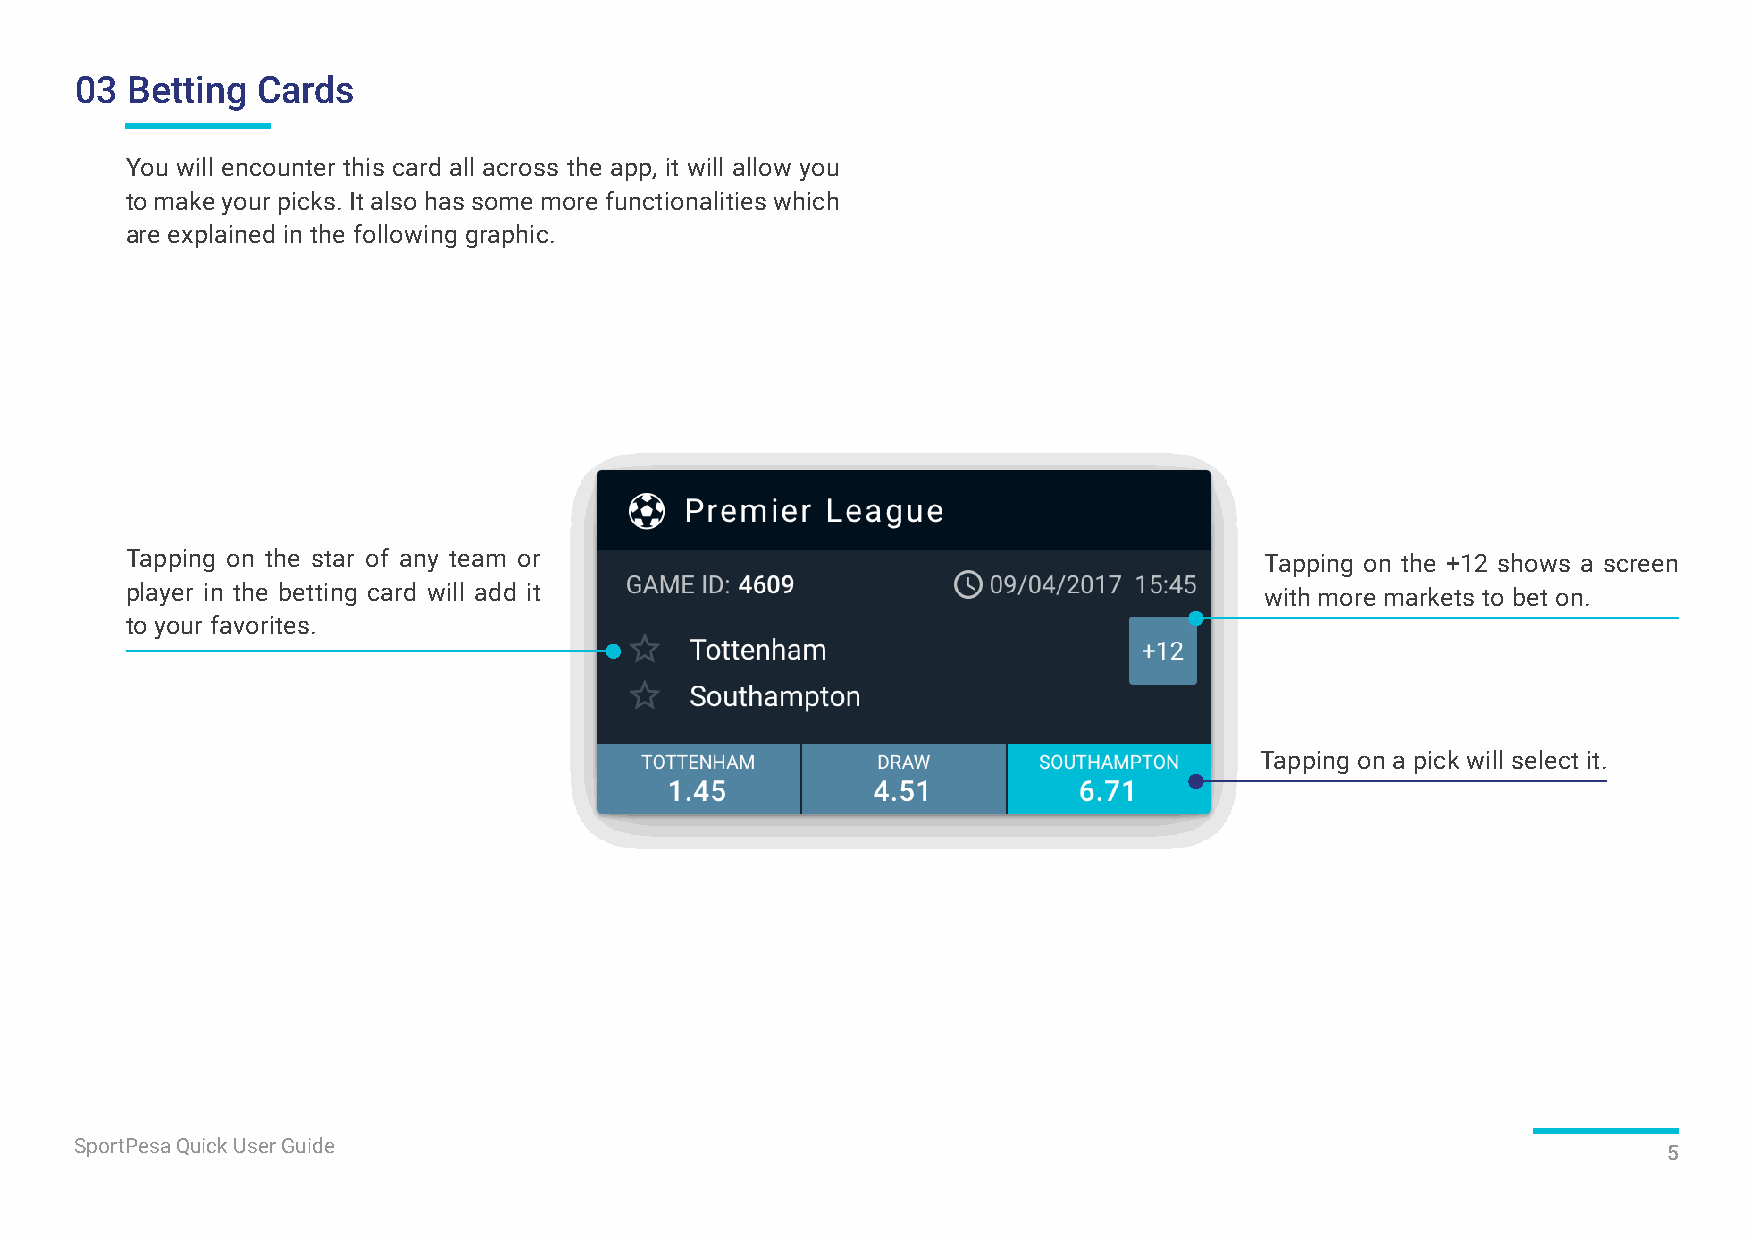
03 Betting  Cards
 You will encounter this card all across the app, it will allow you
 to make your picks. It also has some more functionalities which
 are explained in the following graphic.
 Tapping on the star of any team or                                          Tapping on the +12 shows a screen
 player in the betting card will add it                                      with more markets to bet on.
 to your favorites.
 Tapping on a pick will select it.
 SportPesa Quick User Guide
 5